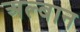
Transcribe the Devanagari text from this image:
अल्बान